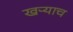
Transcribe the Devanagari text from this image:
खऱ्याच